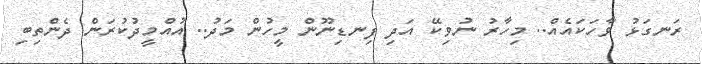
ރަނގަޅު ވާހަކައެއް.. މިހާރު ނުވިކޭ އަދި ފިނޑިނޫން މީހުން މަދު.. އުއްމީދުކުރަން ދެންތިބި